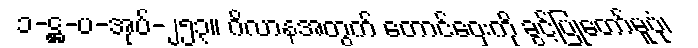
၁-ဋ္ဌ-ပ-အုပ်-၂၅၃။ ဂိလာနအတွက် တောင်ဝှေးကို ခွင့်ပြုတော်မူပုံ၊